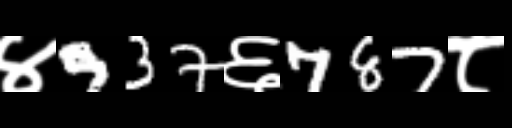
Text: ४937६787८